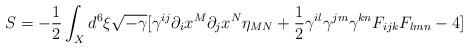
LaTeX: \begin{align*}S=-\frac{1}{2}\int_{X} d^{6}\xi \sqrt{-\gamma}[\gamma^{ij}\partial_{i}x^{M}\partial_{j}x^{N}\eta_{MN}+\frac{1}{2}\gamma^{il}\gamma^{jm}\gamma^{kn}F_{ijk}F_{lmn}-4]\end{align*}